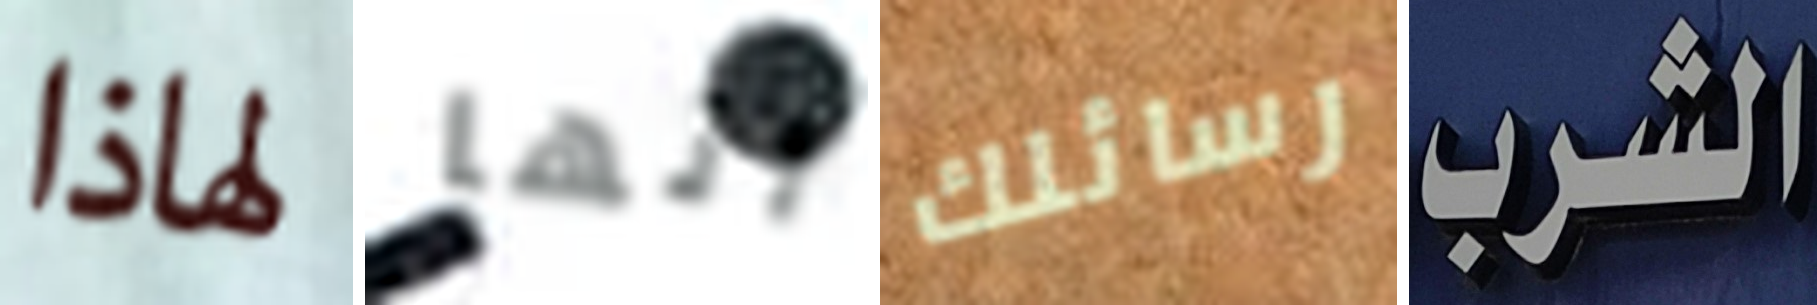
لهاذا أنها رسائلك الشرب